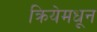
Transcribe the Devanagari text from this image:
क्रियेमधून